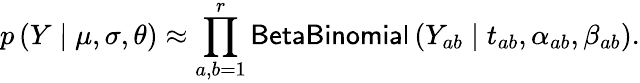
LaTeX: p\left(Y\mid\mu,\sigma,\theta\right)\approx\prod_{a,b=1}^{r}\mathsf{BetaBinomial}\left(Y_{ab}\mid t_{ab},\alpha_{ab},\beta_{ab}\right).